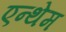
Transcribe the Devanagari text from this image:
एन्थेम